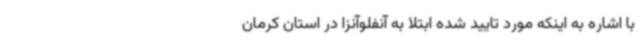
با اشاره به اینکه مورد تایید شده ابتلا به آنفلوآنزا در استان کرمان